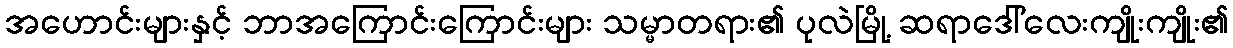
အဟောင်းများနှင့် ဘာအကြောင်းကြောင်းများ သမ္မာတရား၏ ပုလဲမြို့ ဆရာဒေါ်လေးကျိုးကျိုး၏